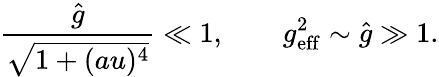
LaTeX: \frac{\hat{g}}{\sqrt{1+(au)^{4}}}\ll 1,\qquad g_{\mathrm{eff}}^{2}\sim\hat{g}\gg 1.